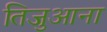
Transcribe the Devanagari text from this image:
तिजुआना